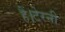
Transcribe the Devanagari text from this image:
हैं।टेरनी